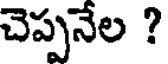
చెప్పనేల ?